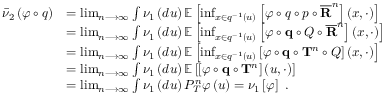
\begin{array} { r l } { \bar { \nu } _ { 2 } \left( \varphi \circ q \right) } & { = \operatorname* { l i m } _ { n \longrightarrow \infty } \int \nu _ { 1 } \left( d u \right) \mathbb { E } \left[ \operatorname* { i n f } _ { x \in q ^ { - 1 } \left( u \right) } \left[ \varphi \circ q \circ p \circ \overline { { \mathbf { R } } } ^ { n } \right] \left( x , \cdot \right) \right] } \\ & { = \operatorname* { l i m } _ { n \longrightarrow \infty } \int \nu _ { 1 } \left( d u \right) \mathbb { E } \left[ \operatorname* { i n f } _ { x \in q ^ { - 1 } \left( u \right) } \left[ \varphi \circ \mathbf { q } \circ Q \circ \overline { { \mathbf { R } } } ^ { n } \right] \left( x , \cdot \right) \right] } \\ & { = \operatorname* { l i m } _ { n \longrightarrow \infty } \int \nu _ { 1 } \left( d u \right) \mathbb { E } \left[ \operatorname* { i n f } _ { x \in q ^ { - 1 } \left( u \right) } \left[ \varphi \circ \mathbf { q } \circ \mathbf { T } ^ { n } \circ Q \right] \left( x , \cdot \right) \right] } \\ & { = \operatorname* { l i m } _ { n \longrightarrow \infty } \int \nu _ { 1 } \left( d u \right) \mathbb { E } \left[ \left[ \varphi \circ \mathbf { q } \circ \mathbf { T } ^ { n } \right] \left( u , \cdot \right) \right] } \\ & { = \operatorname* { l i m } _ { n \longrightarrow \infty } \int \nu _ { 1 } \left( d u \right) P _ { T } ^ { n } \varphi \left( u \right) = \nu _ { 1 } \left[ \varphi \right] \ . } \end{array}